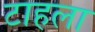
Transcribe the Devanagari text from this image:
टाहला